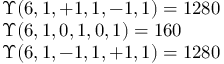
\begin{array} { l l } { \Upsilon ( 6 , 1 , + 1 , 1 , - 1 , 1 ) = 1 2 8 0 } \\ { \Upsilon ( 6 , 1 , 0 , 1 , 0 , 1 ) = 1 6 0 } \\ { \Upsilon ( 6 , 1 , - 1 , 1 , + 1 , 1 ) = 1 2 8 0 } \end{array}